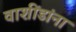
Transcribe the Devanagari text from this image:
वाशींडांना